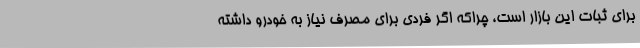
برای ثبات این بازار است، چراکه اگر فردی برای مصرف نیاز به خودرو داشته